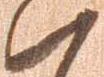
ハ